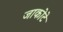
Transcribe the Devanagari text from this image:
जाकोटे